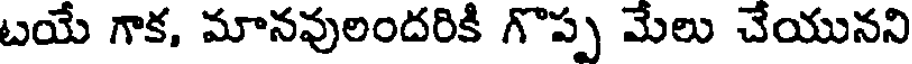
బయే గాక, మానవులందరికి గొప్ప మేలు చేయునని